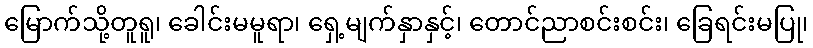
မြောက်သို့တူရူ၊ ခေါင်းမမူရာ၊ ရှေ့မျက်နှာနှင့်၊ တောင်ညာစင်းစင်း၊ ခြေရင်းမပြု၊